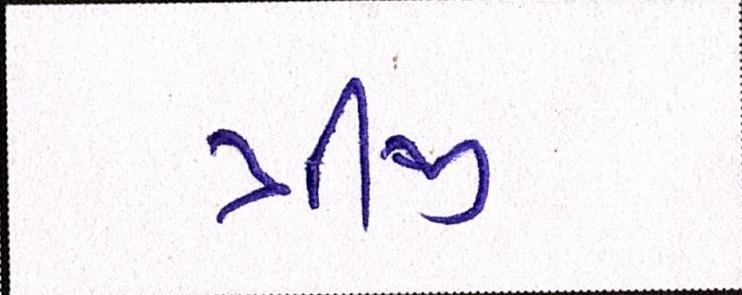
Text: ત્રીજી